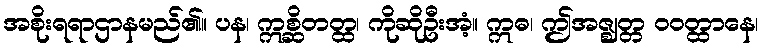
အစိုးရရာဌာနမည်၏။ ပန၊ ဣစ္ဆိတတ္ထ၊ ကိုဆိုဦးအံ့။ ဣဓ၊ ဤအဇ္ဈတ္တ ဝဝတ္ထာနေ၊